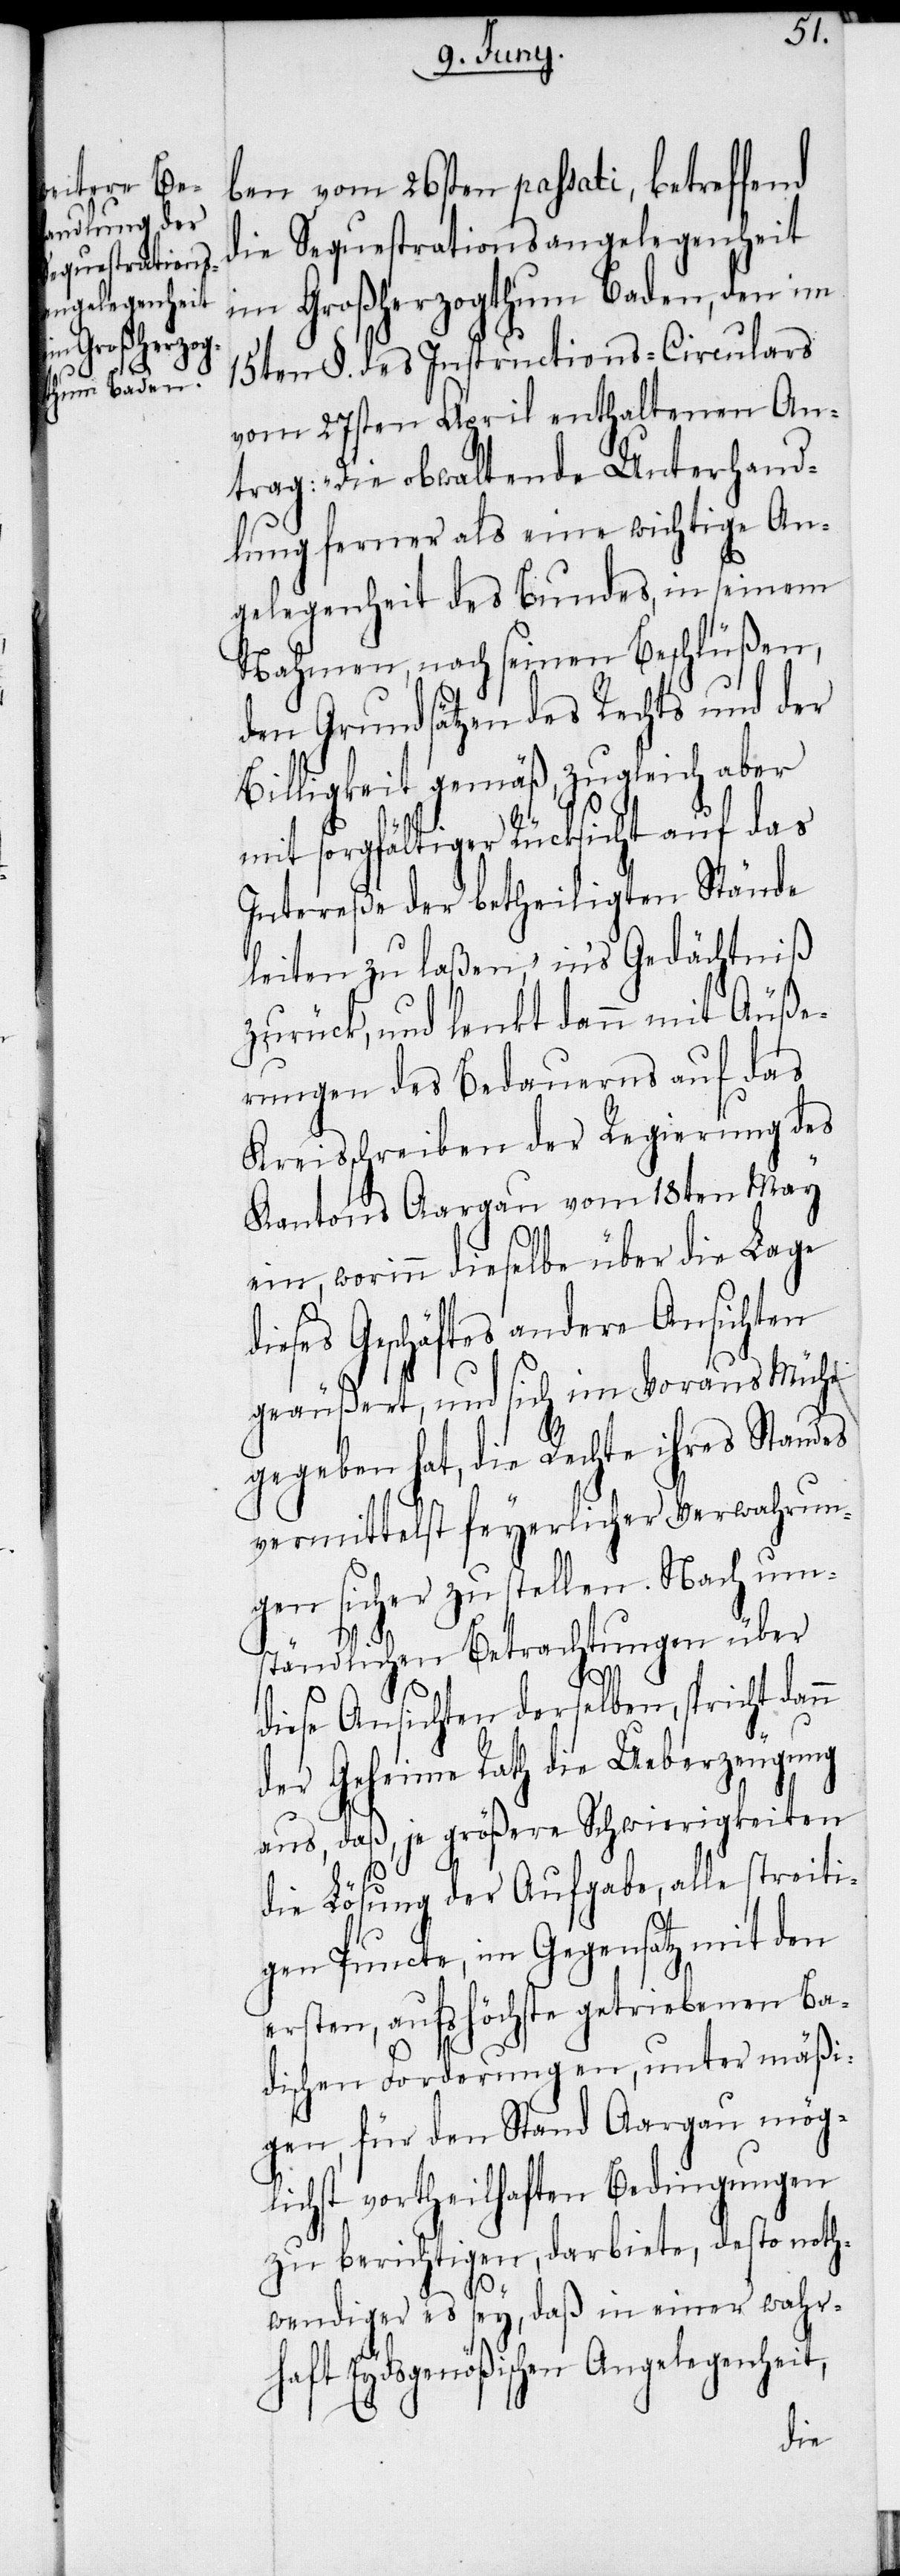
ben vom 26sten passati, betreffend
die Sequestrationsangelegenheit
im Großherzogthum Baden, den im
15ten §. des Instructions-Circulars
vom 27sten April enthaltenen An¬
trag: „Die obwaltende Unterhand¬
lung ferner als eine wichtige An¬
gelegenheit des Bundes, in seinem
Nahmen, nach seinen Beschlüßen,
den Grundsätzen des Raths und der
Billigkeit gemäß, zugleich aber
mit sorgfältiger Rücksicht auf das
Intereße der betheiligten Stände
leiten zu laßen“, in’s Gedächtniß
zurück, und lenkt dann mit Äuße¬
rungen des Bedauerns auf das
Kreisschreiben der Regierung des
Kantons Aargau vom 18ten May
ein, worinn dieselbe über die Lage
dieses Geschäftes andere Ansichten
geäußert, und sich im Voraus Mühe
gegeben hat, die Rechte ihres Standes
vermittelst feyerlicher Verwahrun¬
gen sicher zu stellen. Nach um¬
ständlichen Betrachtungen über
diese Ansichten derselben, spricht dan¬
der Geheime Rath die Ueberzeugung
aus, daß, je größere Schwierigkeiten
die Lösung der Aufgabe, alle streiti¬
gen Puncte, im Gegensatz mit den
ersten, aufs höchste getriebenen Ba¬
n
dischen Forderungen, unter mäßi¬
gen, für den Stand Aargau mög¬
lichst vortheilhaften Bedingungen
zu berichtigen, darbiete, desto noth¬
wendiger es sey, daß in einer wahrh¬
aft Eydsgenößischen Angelegenheit,